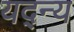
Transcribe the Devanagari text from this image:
यद्न्य